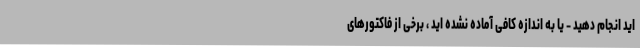
اید انجام دهید - یا به اندازه کافی آماده نشده اید ، برخی از فاکتورهای